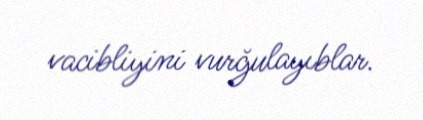
vacibliyini vurğulayıblar.